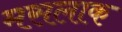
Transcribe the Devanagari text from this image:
मसलाक